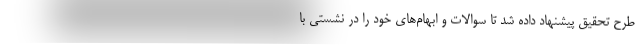
طرح تحقیق پیشنهاد داده شد تا سوالات و ابهام‌های خود را در نشستی با